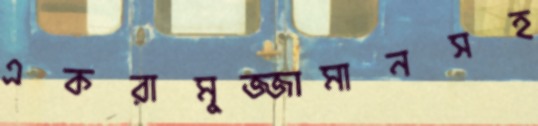
একরামুজ্জামানসহ